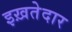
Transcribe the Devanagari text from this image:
इख़तेदार